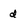
Character: d